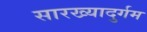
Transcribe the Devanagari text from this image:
सारख्यादुर्गम